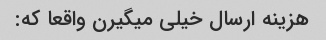
هزینه ارسال خیلی میگیرن واقعا که: